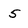
Character: 5